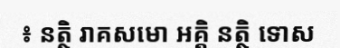
៖ នត្ថិ រាគសមោ ឣគ្គិ នត្ថិ ទោស